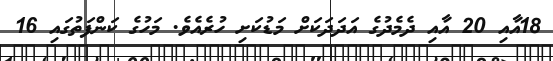
18އާއި 20 އާއި ދެމެދުގެ އަދަދަކަށް މަޑުކަށި ހުރެއެވެ. މަހުގެ ކަންފަތުގައި 16